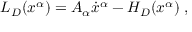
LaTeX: L _ { D } ( x ^ { \alpha } ) = A _ { \alpha } \dot { x } ^ { \alpha } - H _ { D } ( x ^ { \alpha } ) \; ,